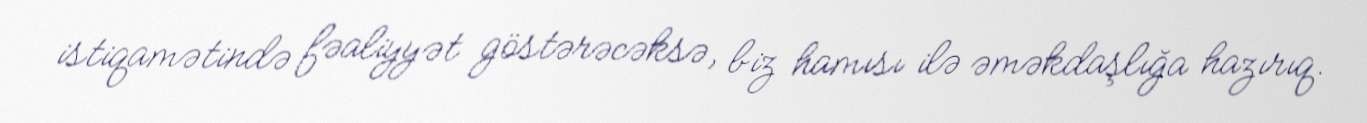
istiqamətində fəaliyyət göstərəcəksə, biz hamısı ilə əməkdaşlığa hazırıq.